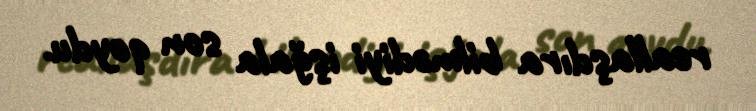
reallaşdıra bilmədiyi işğala son qoydu.